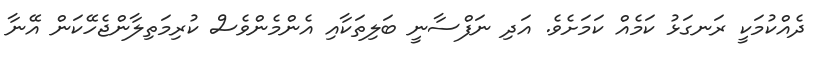
ދެއްކުމަކީ ރަނގަޅު ކަމެއް ކަމަށެވެ. އަދި ނަފްސާނީ ބަލިތަކާއި އެންމެންވެސް ކުރިމަތިލާންޖެހޭކަން އޭނާ